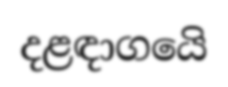
දළඳාගයෙි